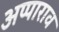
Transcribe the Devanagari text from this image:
अप्पाराव